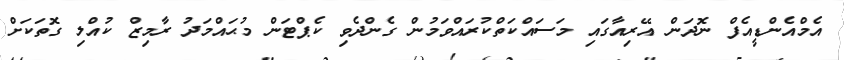
އެމްއެންޑީއެފް ނޮދަން އޭރިއާގައި މަސައްކަތްކުރައްވަމުން ގެންދެވި ކެޕްޓަން މުޙައްމަދު ރާމިޒް ކުއްލި ގޮތަކަށް